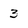
Character: 3